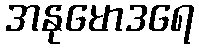
အနုမောဒရေ